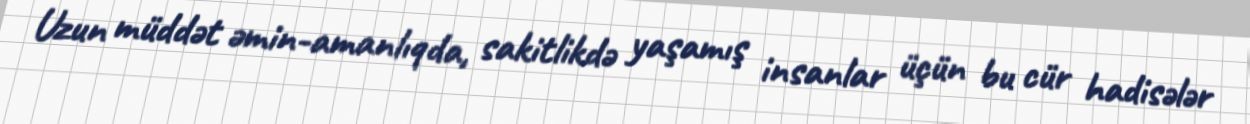
Uzun müddət əmin-amanlıqda, sakitlikdə yaşamış insanlar üçün bu cür hadisələr